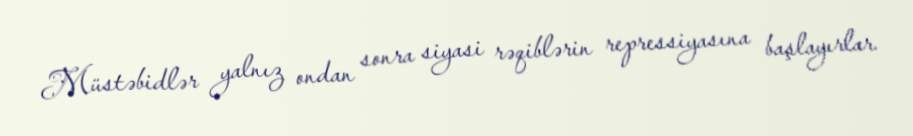
Müstəbidlər yalnız ondan sonra siyasi rəqiblərin repressiyasına başlayırlar.